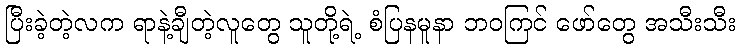
ပြီးခဲ့တဲ့လက ရာနဲ့ချီတဲ့လူတွေ သူတို့ရဲ့ စံပြနမူနာ ဘဝကြင် ဖော်တွေ အသီးသီး